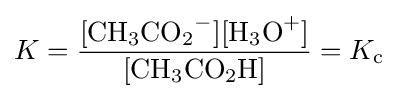
K={\frac {\mathrm {[{CH_{3}CO_{2}}^{-}][{H_{3}O}^{+}]} }{\mathrm {[{CH_{3}CO_{2}H}]} }}=K_{\mathrm {c} }